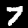
Digit: 7